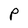
Character: P